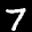
Label: 7